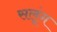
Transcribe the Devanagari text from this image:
सलूंग